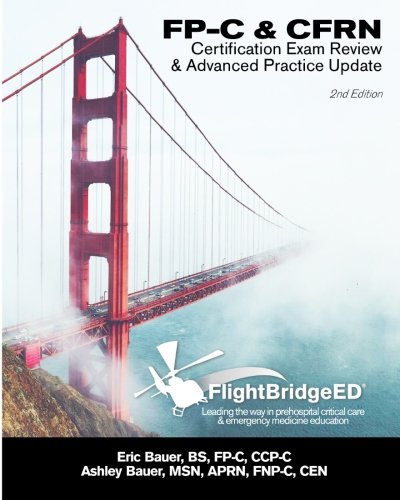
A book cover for FlightBridgeED, LLC - FP-C/CFRN Certification Review & Advanced Practice Update: FP-C, CCP-C, CFRN, CCRN, CEN, CTRN advanced certification review study guide; Eric R Bauer; Medical Books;